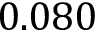
0 . 0 8 0